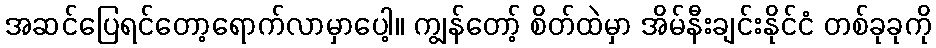
အဆင်ပြေရင်တော့ရောက်လာမှာပေါ့။ ကျွန်တော့် စိတ်ထဲမှာ အိမ်နီးချင်းနိုင်ငံ တစ်ခုခုကို